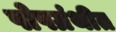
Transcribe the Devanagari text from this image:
पोषग्रंथीत